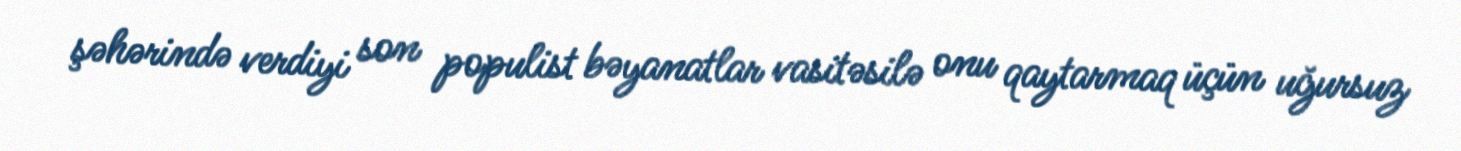
şəhərində verdiyi son populist bəyanatlar vasitəsilə onu qaytarmaq üçün uğursuz